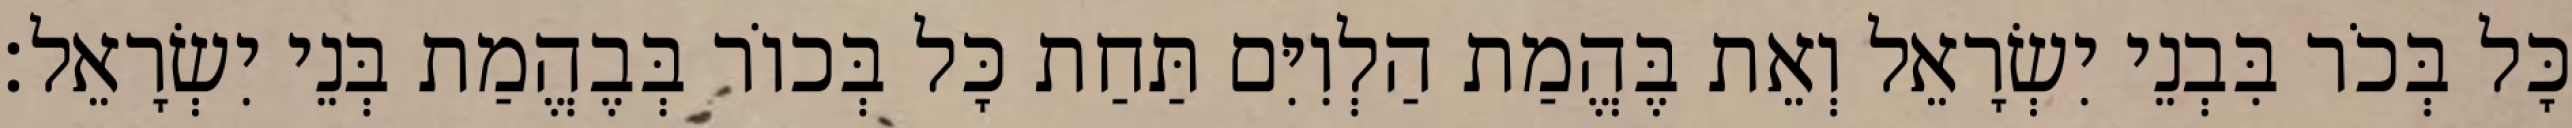
כָּל בְּכֹר בִּבְנֵי יִשְׂרָאֵל וְאֵת בֶּהֱמַת הַלְוִיִּם תַּחַת כָּל בְּכוֹר בְּבֶהֱמַת בְּנֵי יִשְׂרָאֵל׃